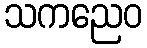
သကညေဝ